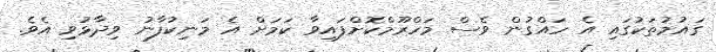
ގައުމުތަކުގައި އެ ހައްގުން ވެސް މަހްރޫމްކޮށްފައިވާ ކަމަށް އެ މަނިކުފާނު ވިދާޅުވި އެވެ.